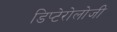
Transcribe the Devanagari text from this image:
डिप्टेरोलोजी